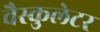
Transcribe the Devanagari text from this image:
वैस्कुलेटर